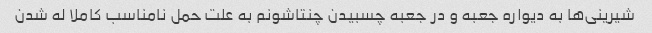
شیرینی‌ها به دیواره جعبه و در جعبه چسبیدن چنتاشونم به علت حمل نامناسب کاملا له شدن